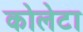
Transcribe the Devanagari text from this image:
कोलेटा